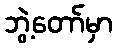
ဘွဲ့တော်မှာ